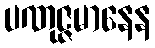
ပဏုဇ္ဇမာနေန